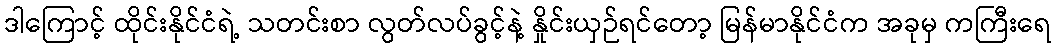
ဒါကြောင့် ထိုင်းနိုင်ငံရဲ့ သတင်းစာ လွတ်လပ်ခွင့်နဲ့ နှိုင်းယှဉ်ရင်တော့ မြန်မာနိုင်ငံက အခုမှ ကကြီးရေ